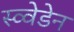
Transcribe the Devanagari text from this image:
स्व्वेडेन